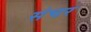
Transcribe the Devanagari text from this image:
संचर